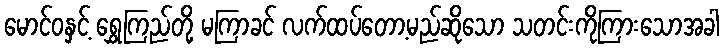
မောင်ဝနှင့် ရွှေကြည်တို့ မကြာခင် လက်ထပ်တော့မည်ဆိုသော သတင်းကိုကြားသောအခါ